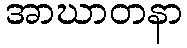
အာဃာတနာ